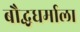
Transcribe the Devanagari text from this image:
बौद्धधर्माला